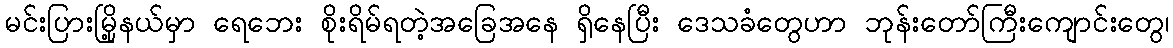
မင်းပြားမြို့နယ်မှာ ရေဘေး စိုးရိမ်ရတဲ့အခြေအနေ ရှိနေပြီး ဒေသခံတွေဟာ ဘုန်းတော်ကြီးကျောင်းတွေ၊